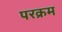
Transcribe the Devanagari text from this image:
परक्रम